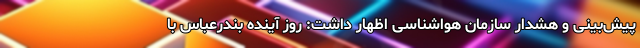
پیش‌بینی و هشدار سازمان هواشناسی اظهار داشت: روز آینده بندرعباس با